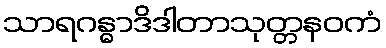
သာရဂန္ဓာဒိဒါတာသုတ္တနဝကံ